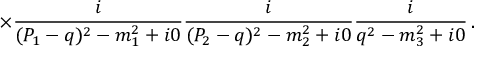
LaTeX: \times \frac { i } { ( P _ { 1 } - q ) ^ { 2 } - m _ { 1 } ^ { 2 } + i 0 } \frac { i } { ( P _ { 2 } - q ) ^ { 2 } - m _ { 2 } ^ { 2 } + i 0 } \frac { i } { q ^ { 2 } - m _ { 3 } ^ { 2 } + i 0 } \, .